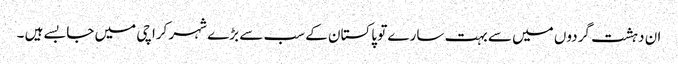
ان دہشت گردوں میں سے بہت سارے تو پاکستان کے سب سے بڑے شہر کراچی میں جا بسے ہیں ۔